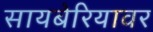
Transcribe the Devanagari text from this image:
सायबेरियावर